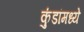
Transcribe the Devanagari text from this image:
कुंडांमध्ये